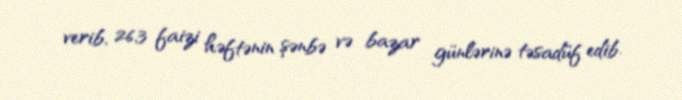
verib, 26,3 faizi həftənin şənbə və bazar günlərinə təsadüf edib.